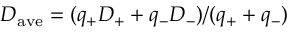
D _ { \mathrm { a v e } } = ( q _ { + } D _ { + } + q _ { - } D _ { - } ) / ( q _ { + } + q _ { - } )